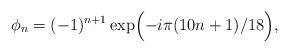
LaTeX: \begin{align*}\phi_n = (-1)^{n+1} \exp\Bigl(-i\pi(10n+1)/18\Bigr),\end{align*}